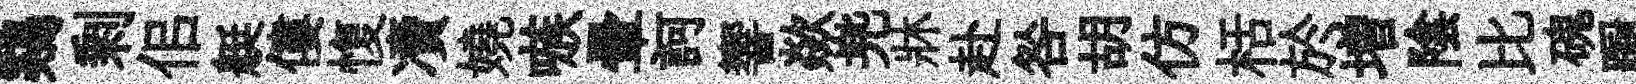
鷄剰佀艇僂愎凟嬈嗾暈訶響歘兠牀赴咎胡仿栝於増陰比磈蹰